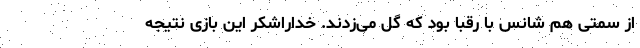
از سمتی هم شانس با رقبا بود که گل‌ می‌زدند. خداراشکر این بازی نتیجه